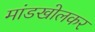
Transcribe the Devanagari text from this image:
मांडखोलकर